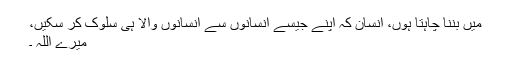
میں بننا چاہتا ہوں، انسان کہ اپنے جیسے انسانوں سے انسانوں والا ہی سلوک کر سکیں،
میرے اللہ ۔